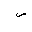
Letter: _sad